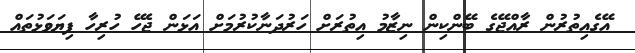
އޭގެއިތުރުން ރާއްޖޭގެ ބޭންކިން ނިޒާމު އިތުރަށް ހަރުދަނާކުރުމަށް އަޅަން ޖެހޭ ހުރިހާ ފިޔަވަޅުތައް